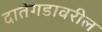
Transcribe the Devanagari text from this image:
दातेगडावरील